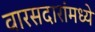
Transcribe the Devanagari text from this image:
वारसदारांमध्ये